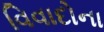
વિવાદોના